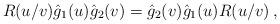
LaTeX: \begin{align*}R(u/v)\hat g_{1}(u)\hat g_{2}(v)=\hat g_{2}(v)\hat g_{1}(u)R(u/v)\,,\end{align*}